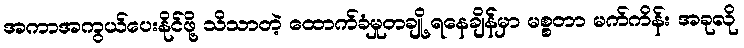
အကာအကွယ်ပေးနိုင်ဖို့ သိသာတဲ့ ထောက်ခံမှုတချို့ ရနေချိန်မှာ မစ္စတာ မက်ကိန်း အခုလို